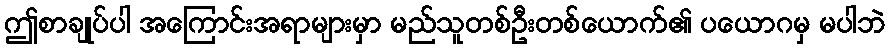
ဤစာချုပ်ပါ အကြောင်းအရာများမှာ မည်သူတစ်ဦးတစ်ယောက်၏ ပယောဂမှ မပါဘဲ